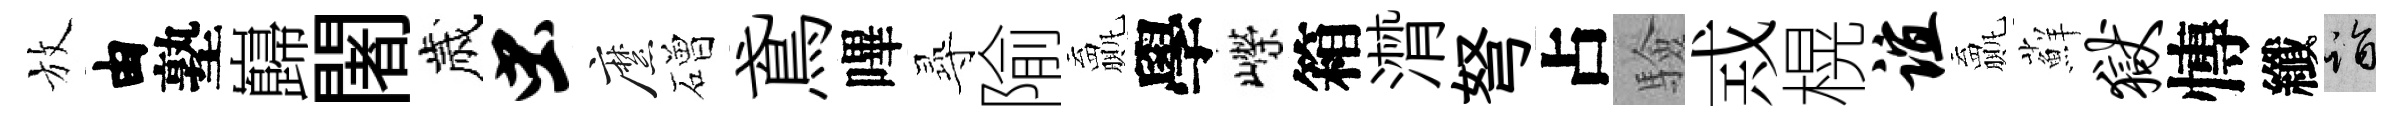
放由塾巋闍歲虫縻磳鳶嗶𡬶隃贏學嶸箱潸弩占驗𢦶榥谊贏蘚狱慱纖诣